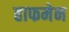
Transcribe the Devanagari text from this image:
हाफमेन